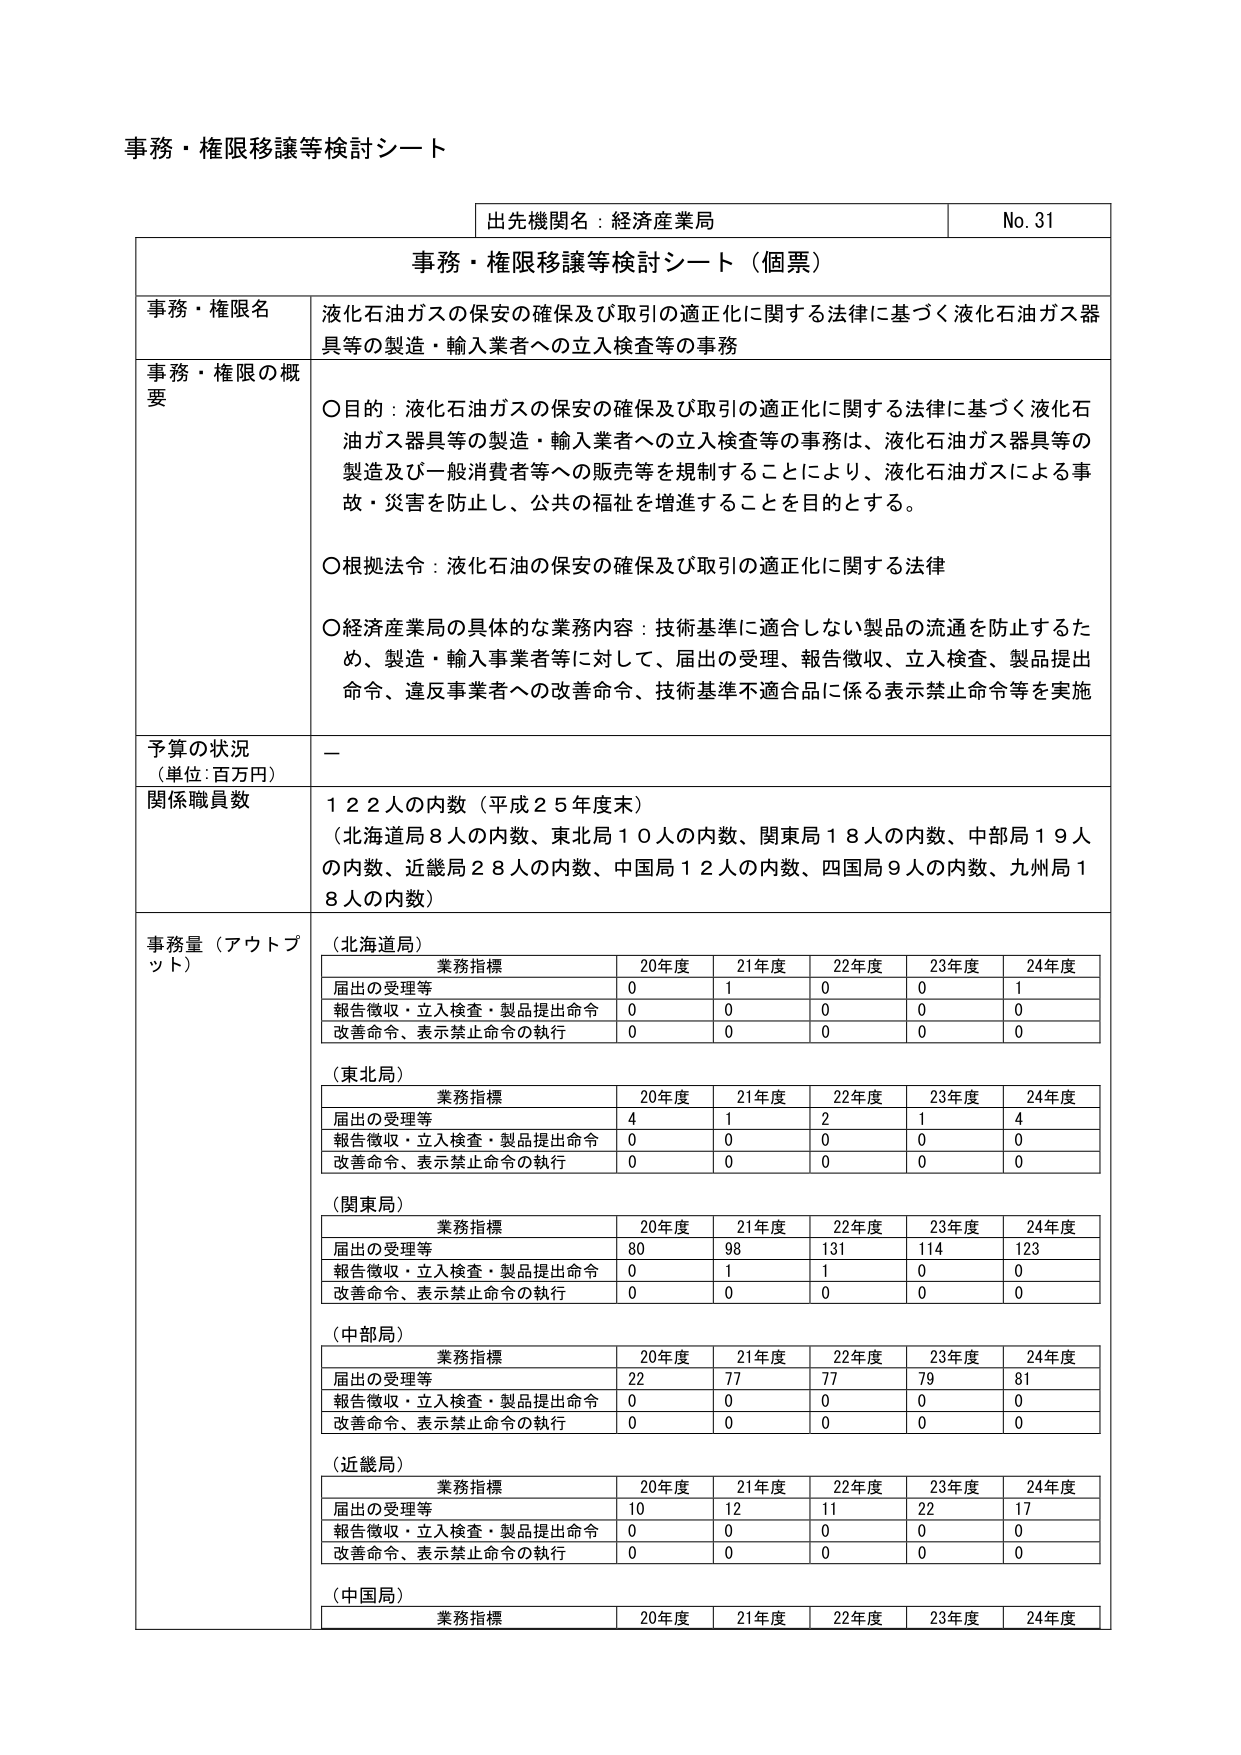
事務・権限移譲等検討シート

出先機関名：経済産業局